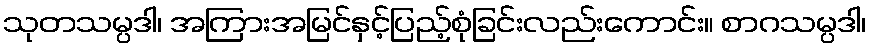
သုတသမ္ပဒါ၊ အကြားအမြင်နှင့်ပြည့်စုံခြင်းလည်းကောင်း။ စာဂသမ္ပဒါ၊